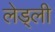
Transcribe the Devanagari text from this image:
लेड्ली